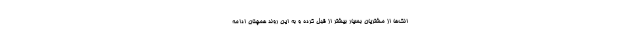
انک‌ها از مشتریان بسیار بیشتر از قبل کرده و به این روند همچنان ادامه